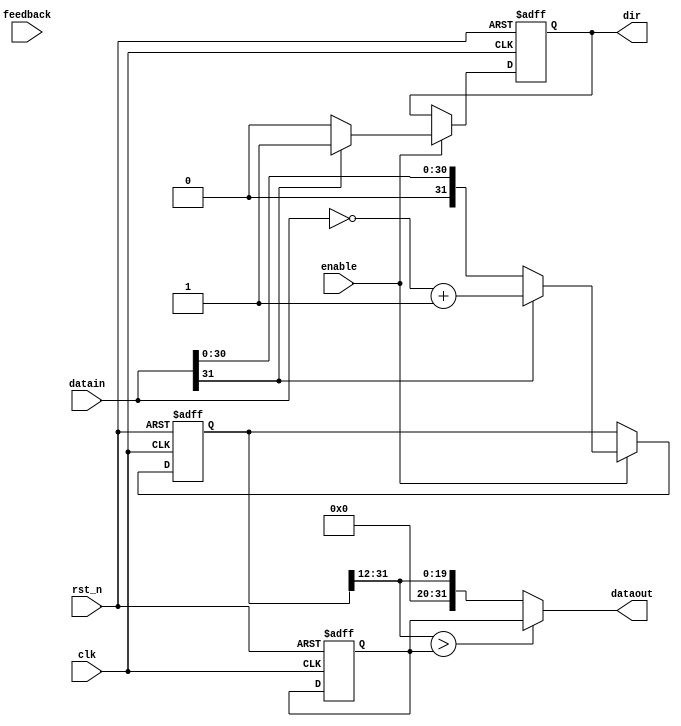
module dataprocess(clk,rst_n,enable,datain,dataout,dir,feedback);
input clk,rst_n,enable;
input [31:0]datain,feedback;
output [31:0]dataout;
output dir;
wire [31:0]dataout;
//integer buffer;
//integer max;
//integer min;
reg signed [31:0] buffer,buffer1,buffer2;
reg signed [31:0] limit;
reg dir;
wire [31:0]buff,buff1;
always @(posedge clk or negedge rst_n)
begin
if(!rst_n)
	begin
		limit<=32'sd2500;
		buffer<=32'sd0;
		dir<=1'b0;
	end
else
	begin
	  if(enable==1'b1)
  	  begin
		  if(datain[31]==1'b0)
			   begin
			   buffer<=datain;
			   dir<=1'b0;
			   end	 
		  else
			   begin
			   buffer<=(~datain)+1'b1;
			   dir<=1'b1;
			   end 
		//buffer <= buffer * 31875 / (31875 - feedback * 250 / 175);  
	  end
      else ;
	end
end//always

assign buff=buffer;

always @(buff)
begin
	buffer1[19:0]<=buff[31:12];
	buffer1[31:20]<=5'b00000;
end
assign buff1=buffer1 ;//* 31875 / (31875 - feedback * 25 / 18);
always @(buff1)
begin
  if(buff1>limit)
    buffer2<=limit;
  else
    buffer2<=buff1;
end

assign dataout=buffer2;//??????
endmodule